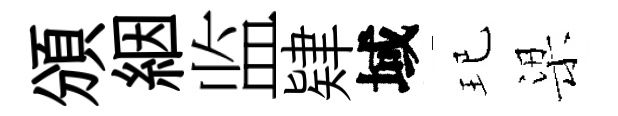
頒絪监肄域玘梁